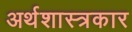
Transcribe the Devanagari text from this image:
अर्थशास्त्रकार